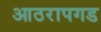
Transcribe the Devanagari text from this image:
आठरापगड